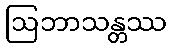
ဩဘာသန္တဿ